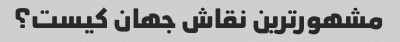
مشهورترین نقاش جهان کیست؟